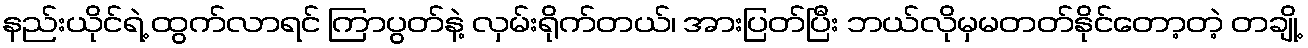
နည်းယိုင်ရဲ့ ထွက်လာရင် ကြာပွတ်နဲ့ လှမ်းရိုက်တယ်၊ အားပြတ်ပြီး ဘယ်လိုမှမတတ်နိုင်တော့တဲ့ တချို့